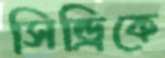
সিন্ড্রিকে